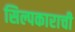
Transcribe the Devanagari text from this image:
सिल्पकाराची